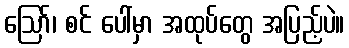
ဩော်၊ စင် ပေါ်မှာ အထုပ်တွေ အပြည့်ပဲ။